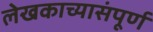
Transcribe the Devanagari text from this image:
लेखकाच्यासंपूर्ण